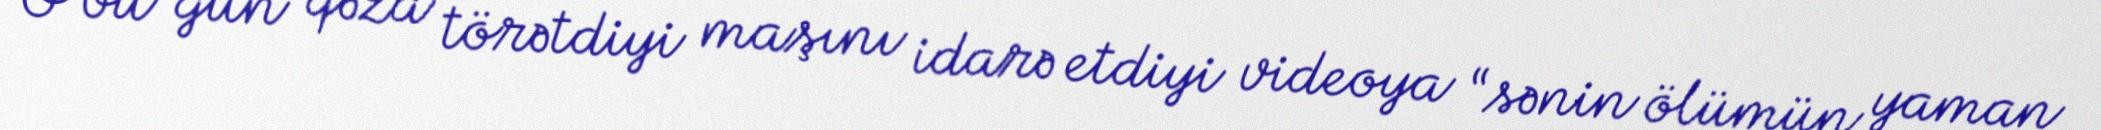
O bu gün qəza törətdiyi maşını idarə etdiyi videoya “sənin ölümün yaman